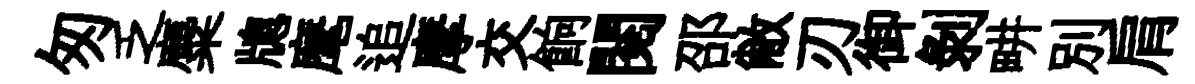
匆乏麋牕麾追摩交餉閲邵敝刃御剥畊別肩